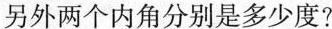
另外两个内角分别是多少度?